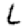
Digit: 6